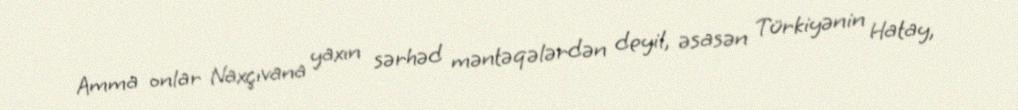
Amma onlar Naxçıvana yaxın sərhəd məntəqələrdən deyil, əsasən Türkiyənin Hatay,